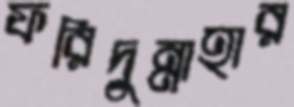
ফরিদুন্নাহার